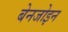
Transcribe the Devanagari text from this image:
बेनजोइन